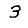
Digit: 3